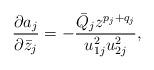
LaTeX: \begin{align*}\frac{\partial a_j}{\partial\bar z_j} = -\frac{\bar Q_jz^{p_j+q_j}}{u_{1j}^2u_{2j}^2},\end{align*}